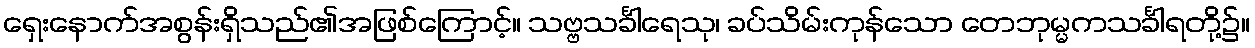
ရှေးနောက်အစွန်းရှိသည်၏အဖြစ်ကြောင့်။ သဗ္ဗသင်္ခါရေသု၊ ခပ်သိမ်းကုန်သော တေဘုမ္မကသင်္ခါရတို့၌။